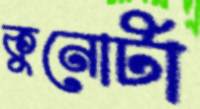
কুনোটা